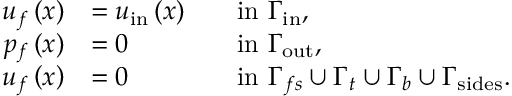
\begin{array} { r l r l } { \boldsymbol { u } _ { f } \left( \boldsymbol { x } \right) } & { = \boldsymbol { u } _ { \mathrm { i n } } \left( \boldsymbol { x } \right) } & & { \mathrm { i n ~ } \Gamma _ { \mathrm { i n } } , } \\ { p _ { f } \left( \boldsymbol { x } \right) } & { = 0 } & & { \mathrm { i n ~ } \Gamma _ { \mathrm { o u t } } , } \\ { \boldsymbol { u } _ { f } \left( \boldsymbol { x } \right) } & { = 0 } & & { \mathrm { i n ~ } \Gamma _ { f s } \cup \Gamma _ { t } \cup \Gamma _ { b } \cup \Gamma _ { \mathrm { s i d e s } } . } \end{array}